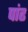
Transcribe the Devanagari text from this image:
पांढ